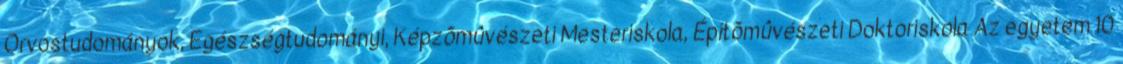
Orvostudományok, Egészségtudományi, Képzõmûvészeti Mesteriskola, Építõmûvészeti Doktoriskola Az egyetem 10